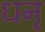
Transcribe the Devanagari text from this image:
धनृ